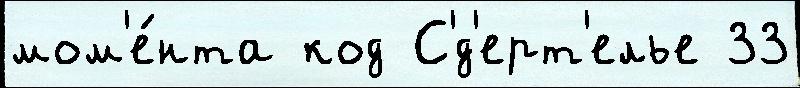
мом'е́нта код С'́д'ерт'елье 33